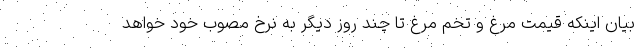
بیان اینکه قیمت مرغ و تخم مرغ تا چند روز دیگر به نرخ مصوب خود خواهد